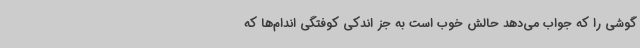
گوشی را که جواب می‌دهد حالش خوب است به جز اندکی کوفتگی اندام‌ها که